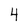
Character: 4